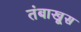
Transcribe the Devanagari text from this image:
तंबाखूस